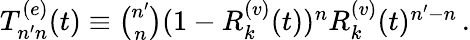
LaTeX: \begin{array}{r}{T_{n^{\prime}n}^{(e)}(t)\equiv\binom{n^{\prime}}{n}(1-R_{k}^{(v)}(t))^{n}R_{k}^{(v)}(t)^{n^{\prime}-n}\, .}\end{array}